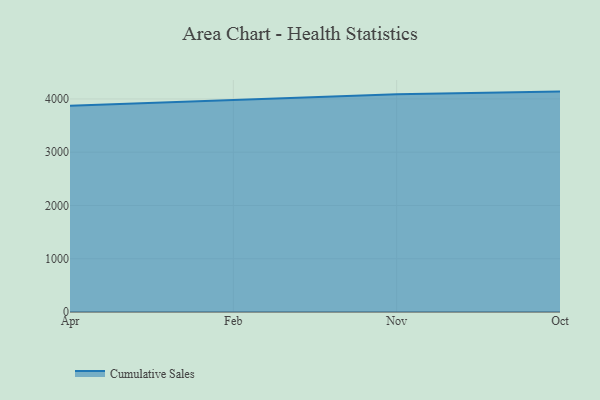
{"axis": {"x": "Month", "y": "Inventory Turnover"}, "legend": ["Cumulative Sales"], "data": [{"x": "Apr", "y": 3874.0, "type": "Cumulative Sales"}, {"x": "Feb", "y": 3978.9, "type": "Cumulative Sales"}, {"x": "Nov", "y": 4088.0, "type": "Cumulative Sales"}, {"x": "Oct", "y": 4137.8, "type": "Cumulative Sales"}]}